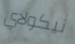
نيكولاي